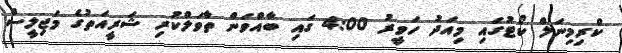
ކްރިމިނަލް ކޯޓުގައި މިއަދު ހަވީރު 4:00 ގައި ބާއްވަން ތާވަލްކުރި ޝަރީއަތުގެ މަޖިލީސް